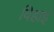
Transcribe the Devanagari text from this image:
विहाइं